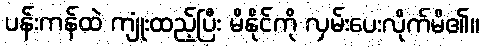
ပန်းကန်ထဲ ကျုံးထည့်ပြီး မိနိုင်ကို လှမ်းပေးလိုက်မိ၏။